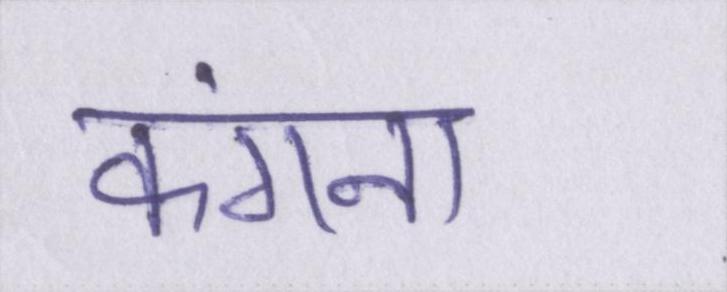
कंगना